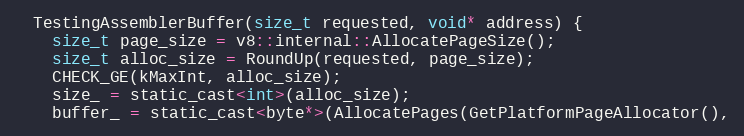
Language: C
  TestingAssemblerBuffer(size_t requested, void* address) {
    size_t page_size = v8::internal::AllocatePageSize();
    size_t alloc_size = RoundUp(requested, page_size);
    CHECK_GE(kMaxInt, alloc_size);
    size_ = static_cast<int>(alloc_size);
    buffer_ = static_cast<byte*>(AllocatePages(GetPlatformPageAllocator(),